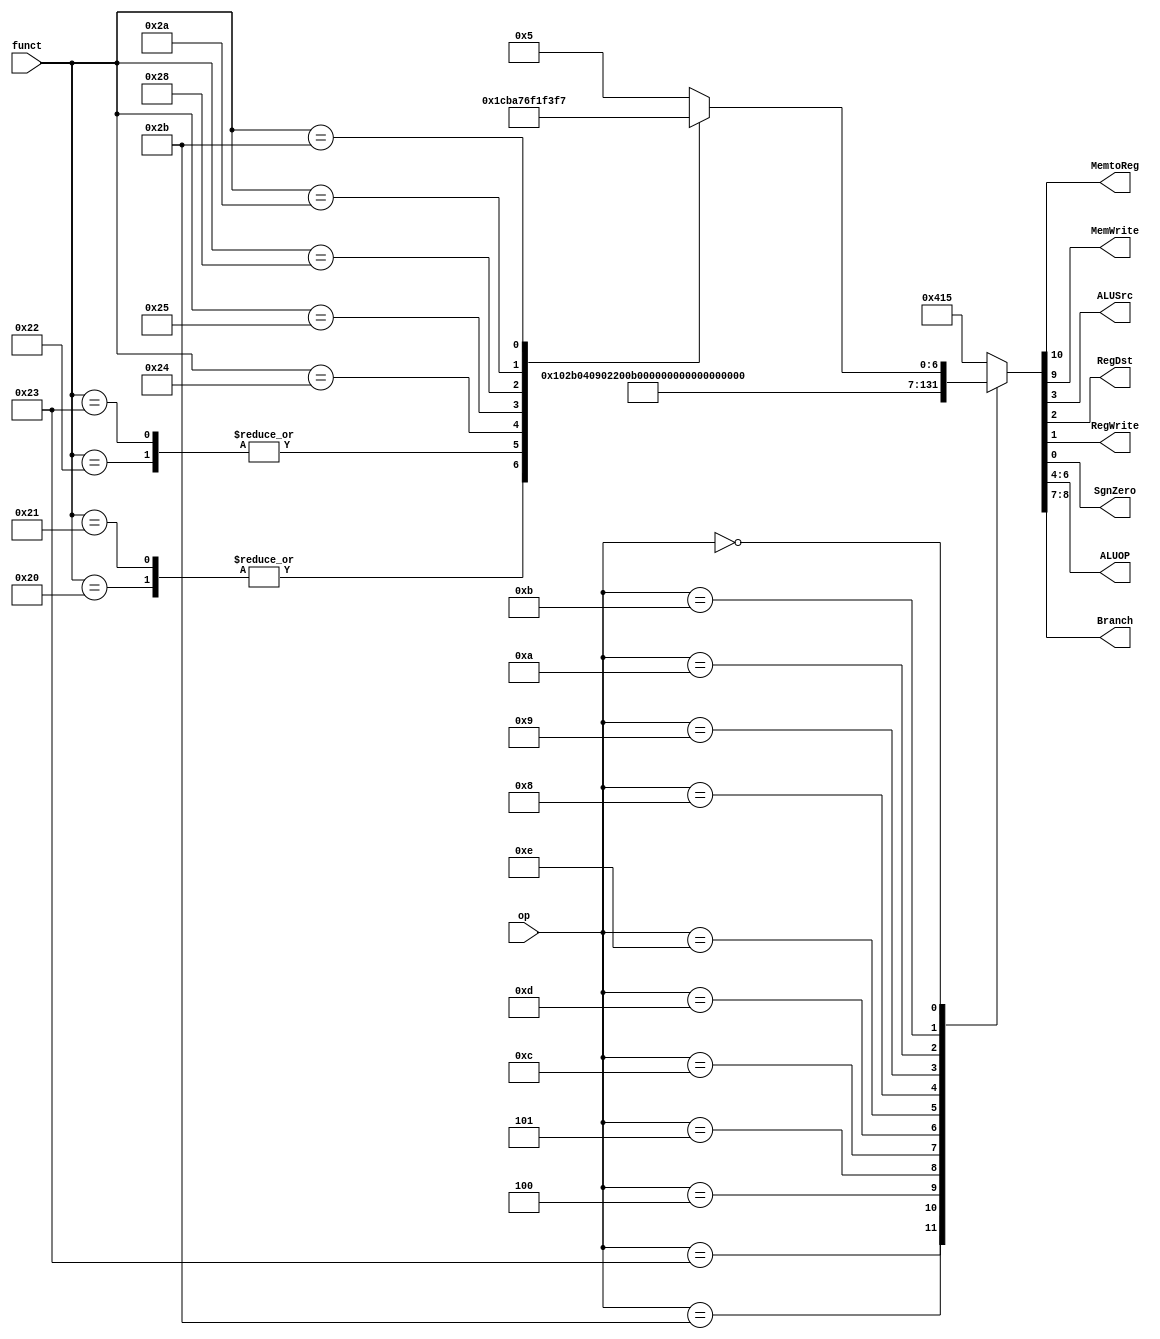
`timescale 1ns / 1ps
//////////////////////////////////////////////////////////////////////////////////
// Company: sharif University
// 
// Design Name: 	 pipe_line_project.
// Module Name:    Controller
// Project Name:   phase3
// Target Devices: 
// Tool versions: 
// Description: 
//
// Dependencies: 
//
// Revision: 
// Revision 0.01 - File Created
// Additional Comments: 
//
//////////////////////////////////////////////////////////////////////////////////
module Controller(


input [5:0] op,
input [5:0] funct,

output MemtoReg,
output MemWrite,
output ALUSrc,
output RegDst,
output RegWrite,
output SgnZero,
output [2:0]ALUOP,
output [1:0]Branch


    );

reg [10:0] outs;

always@(*)
begin
case(op)

  6'b100011: outs=11'b1_0_00_000_1_0_1_0;
  6'b101011: outs=11'b1_1_00_000_1_0_0_0;
  6'b000100: outs=11'b0_0_01_001_0_0_0_0;
  6'b000101: outs=11'b0_0_10_001_0_0_0_0;
  6'b001100: outs=11'b0_0_00_010_1_0_1_1;
  6'b001101: outs=11'b0_0_00_011_1_0_1_1;
  6'b001110: outs=11'b0_0_00_100_1_0_1_1;
  6'b001000: outs=11'b0_0_00_000_1_0_1_0;
  6'b001001: outs=11'b0_0_00_000_1_0_1_1;
  6'b001010: outs=11'b0_0_00_110_1_0_1_0;
  6'b001011: outs=11'b0_0_00_111_1_0_1_0;
  
  6'b000000:
			case(funct)
			 6'b100000: outs=11'b0_0_00_000_0_1_1_1;
			 6'b100001: outs=11'b0_0_00_000_0_1_1_1;
			 6'b100010: outs=11'b0_0_00_001_0_1_1_1;
			 6'b100011: outs=11'b0_0_00_001_0_1_1_1;
			 
			 
			 6'b100100: outs=11'b0_0_00_010_0_1_1_1;
			 6'b100101: outs=11'b0_0_00_011_0_1_1_1;
			 6'b101000: outs=11'b0_0_00_100_0_1_1_1;
			 //6'b100110: outs=11'b0_0_00_100_0_1_1_1;
			 //6'b100111: outs=11'b0_0_00_101_0_1_1_1;
			
			 6'b101010: outs=11'b0_0_00_110_0_1_1_1;
			 6'b101011: outs=11'b0_0_00_111_0_1_1_1;
			 default:outs=11'b0_0_00_000_0_1_0_1;
			 endcase
  default:outs=11'b1_0_00_001_0_1_0_1; 
endcase  
end

// extracting Data from register	
	
assign MemtoReg = outs[10];

assign MemWrite = outs[9];

assign Branch = outs[8:7];

assign ALUOP = outs[6:4];

assign ALUSrc = outs[3];

assign RegDst = outs[2];

assign RegWrite = outs[1];

assign SgnZero = outs[0];

				
				
endmodule